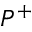
P ^ { + }